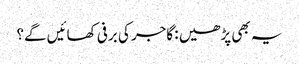
یہ بھی پڑھیں : گاجر کی برفی کھائیں گے؟